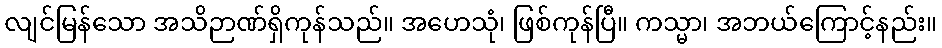
လျင်မြန်သော အသိဉာဏ်ရှိကုန်သည်။ အဟေသုံ၊ ဖြစ်ကုန်ပြီ။ ကသ္မာ၊ အဘယ်ကြောင့်နည်း။